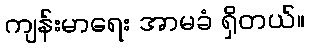
ကျန်းမာရေး အာမခံ ရှိတယ်။